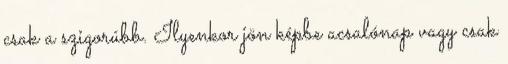
csak a szigorúbb. Ilyenkor jön képbe acsalónap vagy csak